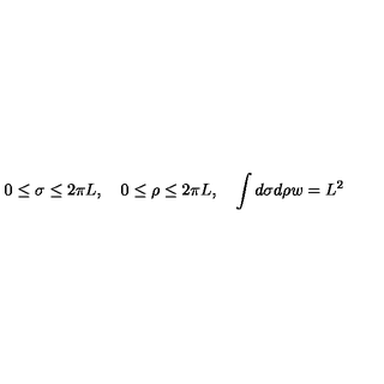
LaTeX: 0 \le \sigma \le 2 \pi L , \quad 0 \le \rho \le 2 \pi L , \quad \int d \sigma d \rho w = L ^ { 2 }